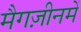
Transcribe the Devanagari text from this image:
मैगज़ीनमें